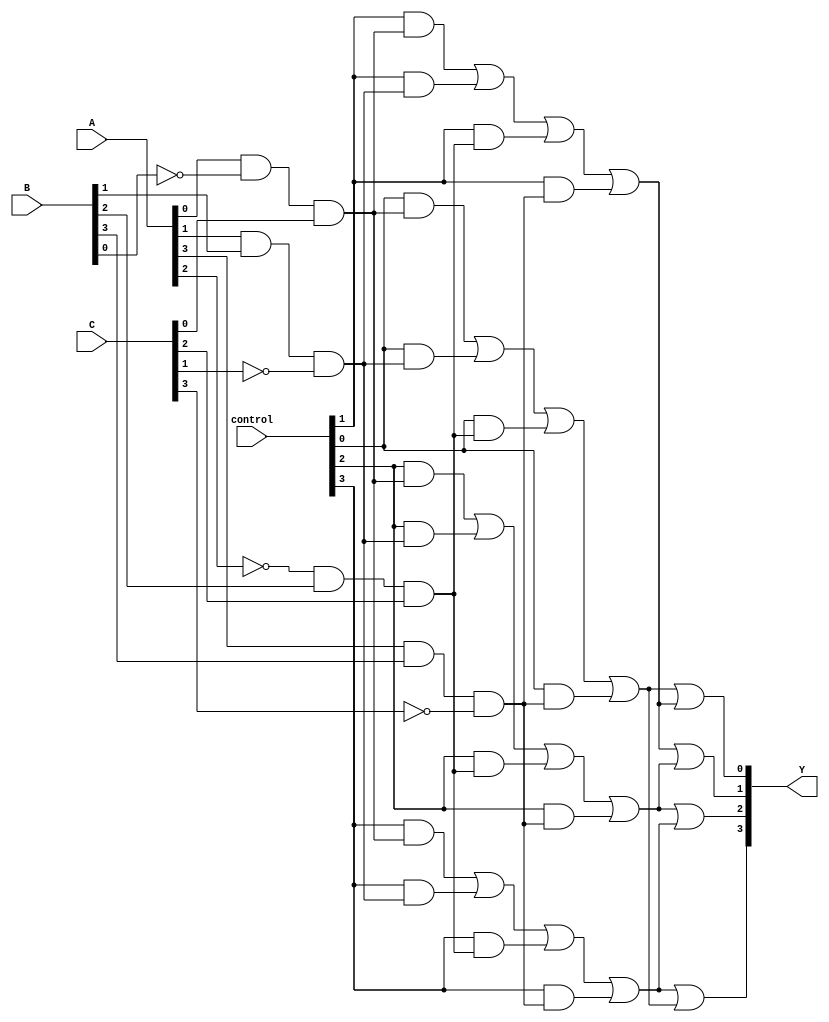
module PLA (
    input wire  [3:0] A,             // Input lines A[3:0]
    input wire  [3:0] B,             // Input lines B[3:0]
    input wire  [3:0] C,             // Input lines C[3:0]
    input wire  [3:0] control,       // Control signals for programmability
    output wire [3:0] Y              // Output lines Y[3:0]
);

    // Number of AND gates and OR gates
    parameter NUM_AND_GATES = 4;     // Number of programmable AND gates
    parameter NUM_OR_GATES = 4;       // Number of programmable OR gates
  
    // Product terms from AND gates
    wire [NUM_AND_GATES-1:0] P;      // Product terms (AND outputs)
    
    // AND gate implementation (Programmable)
    generate
        genvar i, j;
        for (i = 0; i < NUM_AND_GATES; i = i + 1) begin : and_gate
            assign P[i] = (control[i] & (A[0] & ~B[0] & C[0])) |
                           (control[i] & (A[1] & B[1] & ~C[1])) |
                           (control[i] & (~A[2] & B[2] & C[2])) |
                           (control[i] & (A[3] & B[3] & ~C[3]));
        end
    endgenerate

    // Final outputs (OR gates)
    generate
        for (j = 0; j < NUM_OR_GATES; j = j + 1) begin : or_gate
            assign Y[j] = P[j] | P[(j+1) % NUM_AND_GATES]; // ORing product terms
        end
    endgenerate

endmodule